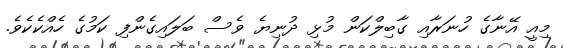
މިއީ އޭނާގެ ހުނަރާއި ގާބިލްކަން މުޅި ދުނިޔެ ވެސް ބަލައިގެންފި ކަމުގެ ހެއްކެކެވެ.